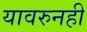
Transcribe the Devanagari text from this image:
यावरुनही